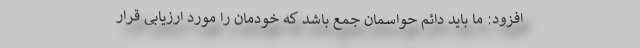
افزود: ما باید دائم حواسمان جمع باشد که خودمان را مورد ارزیابی قرار